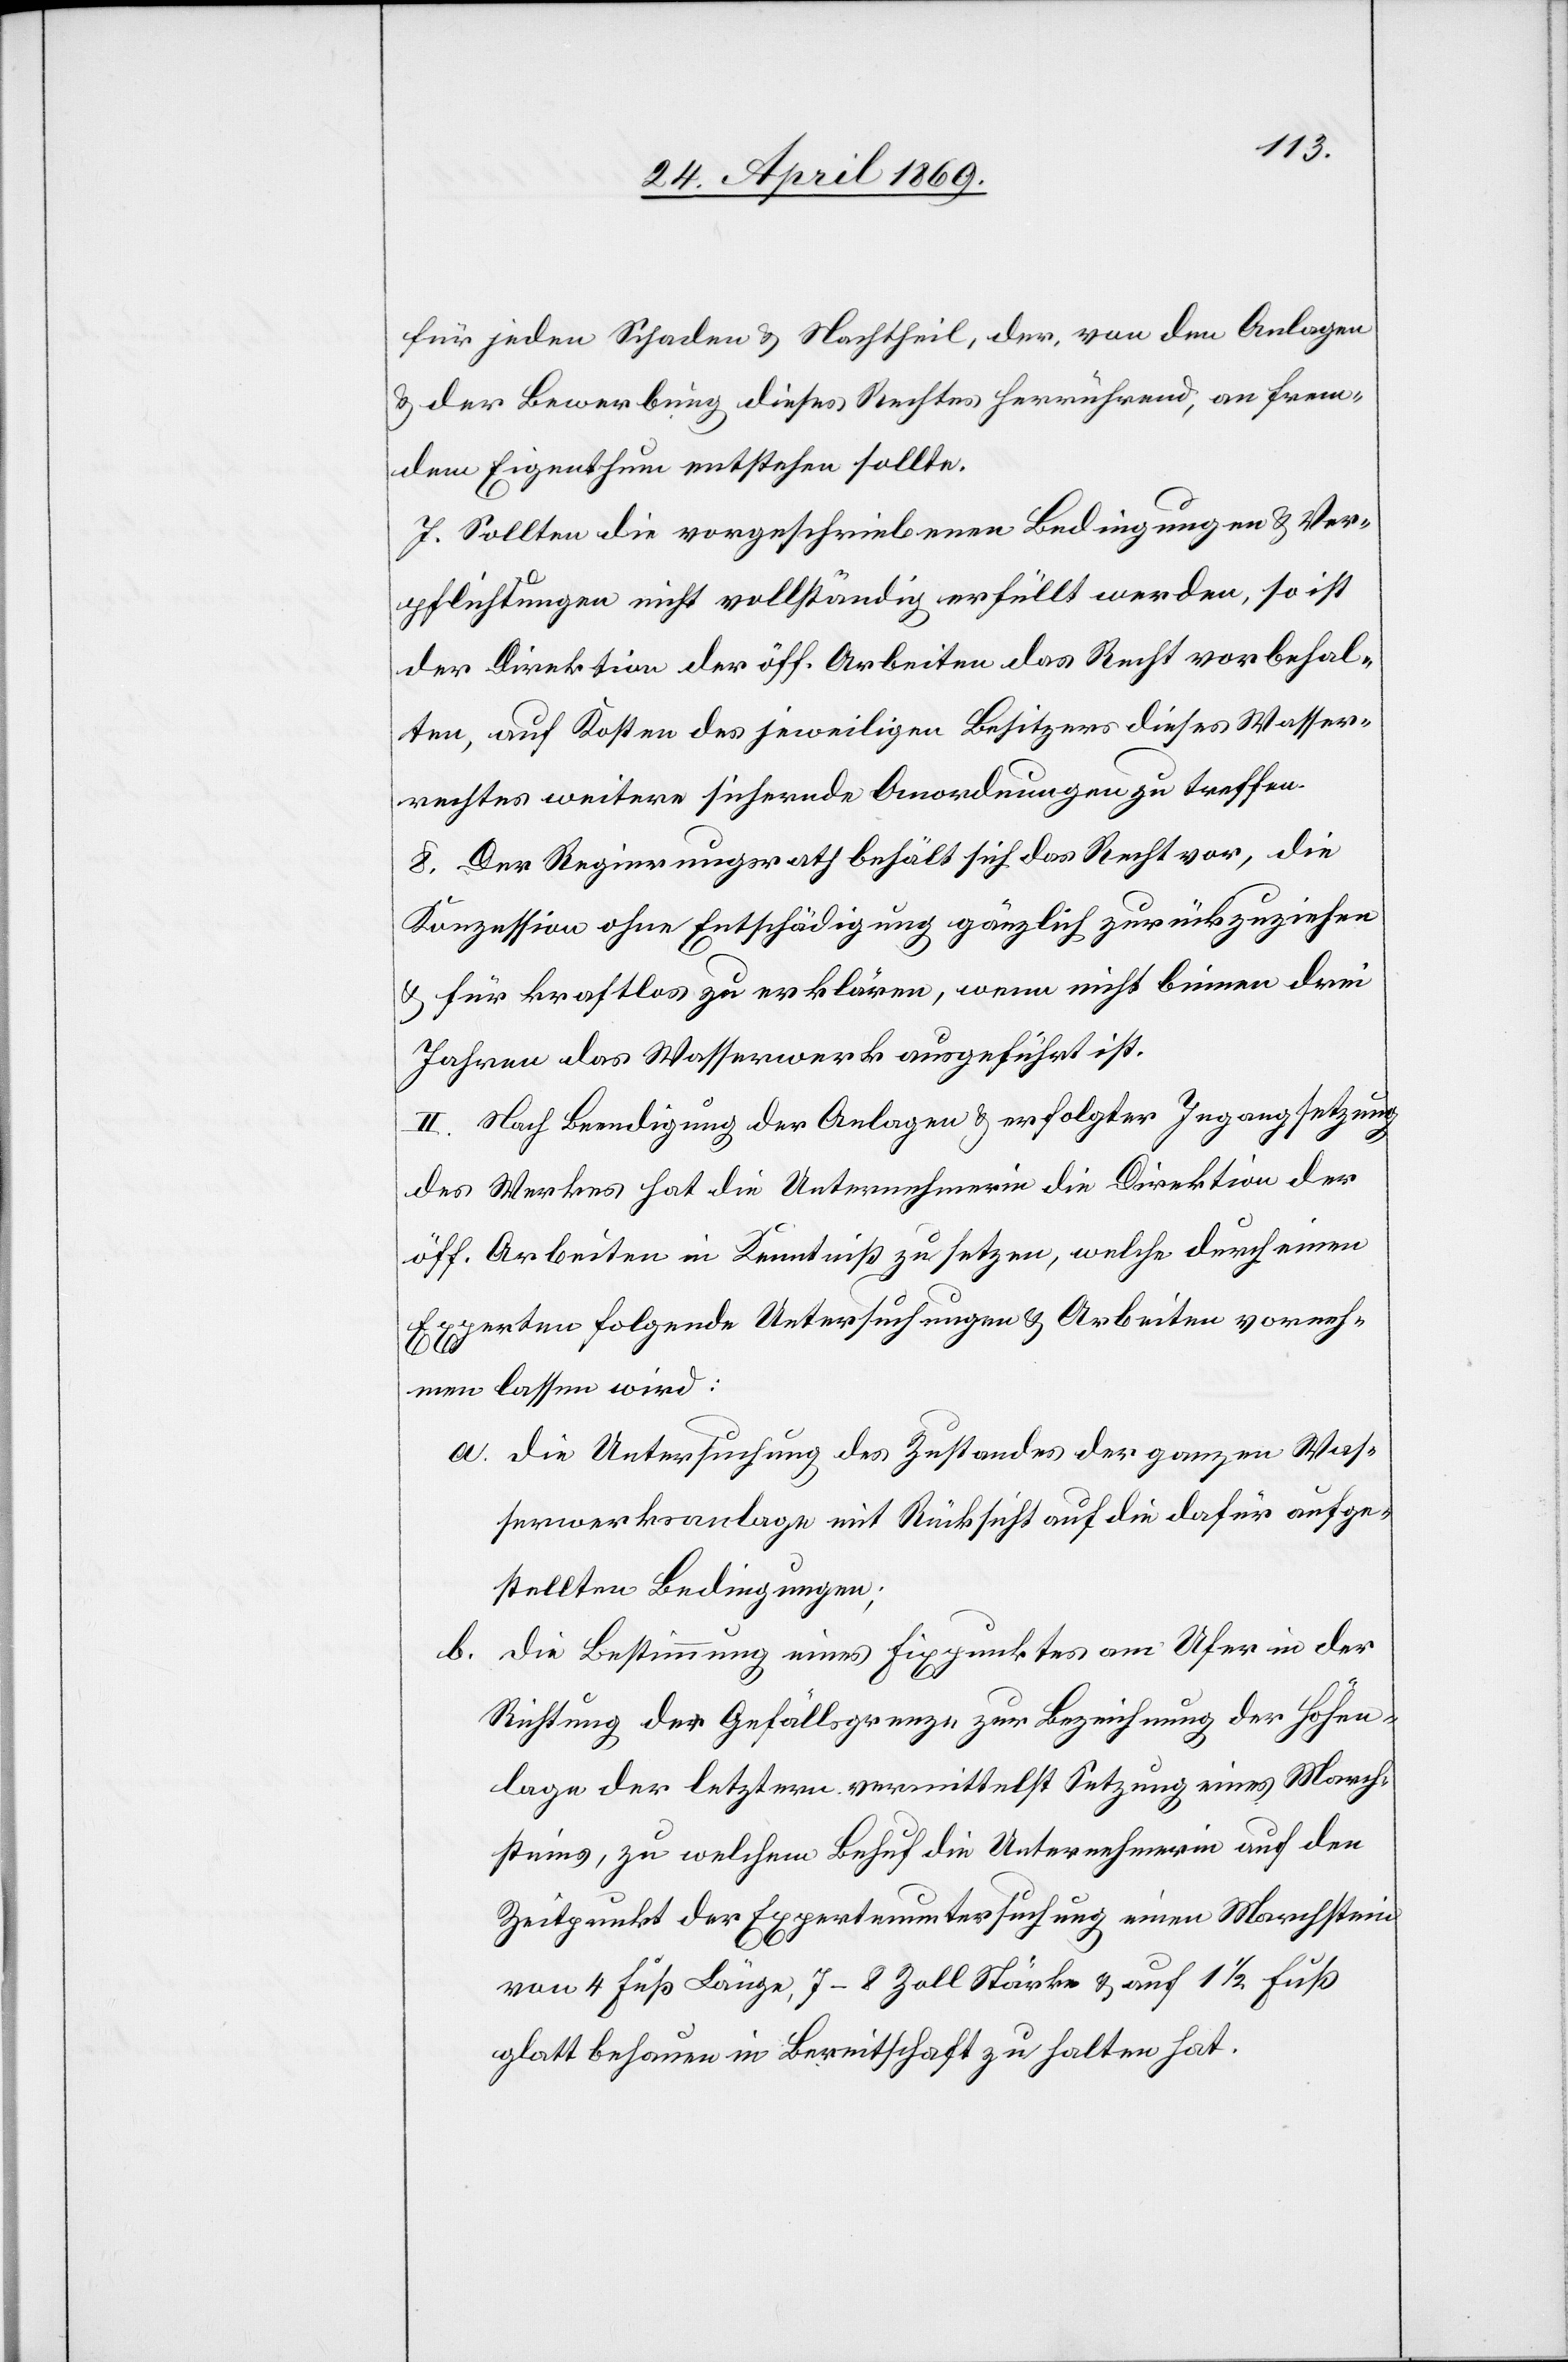
für jeden Schaden u. Nachtheil, der, von den Anlagen
u. der Bewerbung dieses Rechtes herrührend, an frem¬
dem Eigenthum entstehen sollte.
7. Sollten die vorgeschriebenen Bedingungen u. Ver¬
pflichtungen nicht vollständig erfüllt werden, so ist
der Direktion der öff. Arbeiten das Recht vorbehal¬
ten, auf Kosten des jeweiligen Besitzers dieses Wasser¬
rechtes weitere sichernde Anordnungen zu treffen.
8. Der Regierungsrath behält sich das Recht vor, die
Konzession ohne Entschädigung gänzlich zurückzuziehen
u. für kraftlos zu erklären, wenn nicht binnen drei
Jahren das Wasserwerk ausgeführt ist.
II. Nach Beendigung der Anlagen u. erfolgter Ingangsetzung
des Werkes hat die Unternehmerin die Direktion der
öff. Arbeiten in Kenntniß zu setzen, welche durch einen
Experten folgende Untersuchungen u. Arbeiten vorneh¬
men lassen wird:
a. Die Untersuchung des Zustandes der ganzen Was¬
serwerksanlage mit Rücksicht auf die dafür aufge¬
stellten Bedingungen;
b. Die Bestimmung eines Fixpunktes am Ufer in der
Richtung der Gefällsgrenze zur Bezeichnung der Höhen¬
lage der letztern vermittelst Setzung eines March¬
steins, zu welchem Behuf die Unternehmerin auf den
Zeitpunkt der Expertenuntersuchung einen Marchstein
von 4 Fuß Länge, 7–8 Zoll Stärke u. auf 1 1/2 Fuß
glatt behauen in Bereitschaft zu halten hat.